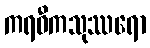
ကရဝီကသုဿရော